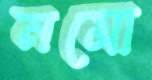
নমো